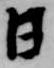
日